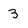
Character: 3